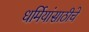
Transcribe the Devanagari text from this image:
धर्मियांसाठीचे